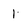
Character: 1